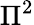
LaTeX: \Pi^{2}